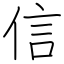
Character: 信